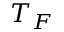
T _ { F }